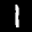
Label: 1